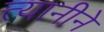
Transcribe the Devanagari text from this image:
त्यानीने